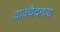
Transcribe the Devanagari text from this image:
वाक्वैदग्ध्य